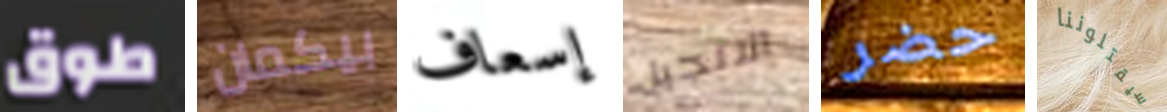
طوق بيكمان إسعاف الانجيل حضر سيقتلوننا